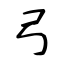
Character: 弓